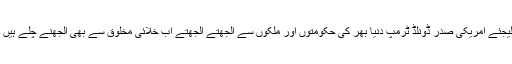
لیجئے امریکی صدر ڈونلڈ ٹرمپ دنیا بھر کی حکومتوں اور ملکوں سے اُلجھتے اُلجھتے اب خلائی مخلوق سے بھی اُلجھنے چلے ہیں ۔